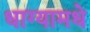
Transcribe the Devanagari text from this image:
धाग्यामधे